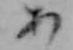
あ